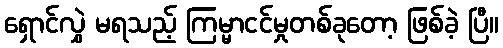
ရှောင်လွှဲ မရသည့် ကြမ္မာငင်မှုတစ်ခုတော့ ဖြစ်ခဲ့ ပြီ။